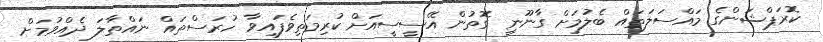
ކޮރަޕްޝަންގެ މައްސަލަތައް ބެލުމަށް ގާނޫނީ ގޮތުން އޭސީސީއަށް ކުރިމަތިވެފައިވާ ހުރަސްތައް ނައްތާލަ ދެއްވުމަށް